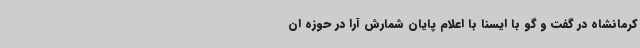
کرمانشاه در گفت و گو با ایسنا با اعلام پایان شمارش آرا در حوزه ان